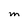
Character: m